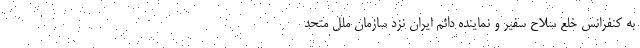
به کنفرانس خلع سلاح سفیر و نماینده دائم ایران نزد سازمان ملل متحد